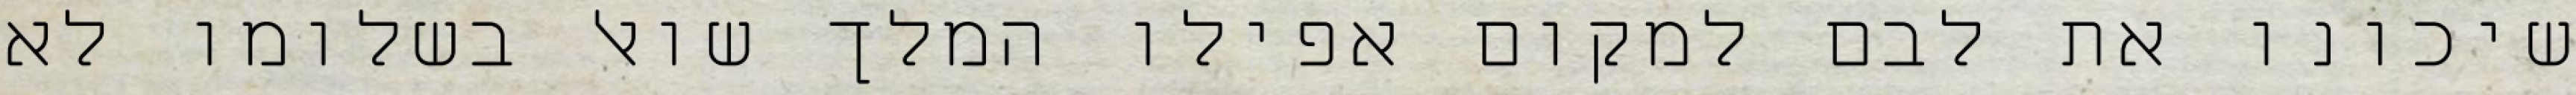
שיכונו את לבם למקום אפילו המלך שואל בשלומו לא